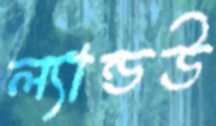
ল্যান্ডউ